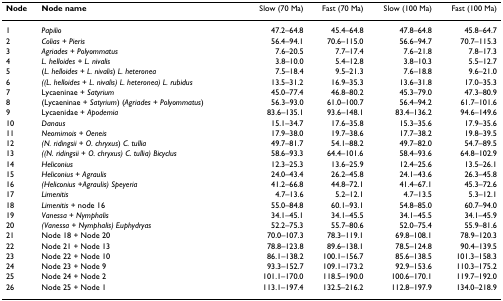
<table><thead><tr><td><b>Node</b></td><td><b>Node name</b></td><td><b>Slow (70 Ma)</b></td><td><b>Fast (70 Ma)</b></td><td><b>Slow (100 Ma)</b></td><td><b>Fast (100 Ma)</b></td></tr></thead><tbody><tr><td>1</td><td><i>Papilio</i></td><td>47.2–64.8</td><td>45.4–64.8</td><td>47.8–64.8</td><td>45.8–64.7</td></tr><tr><td>2</td><td><i>Colias </i>+ <i>Pieris</i></td><td>56.4–94.1</td><td>70.6–115.0</td><td>56.6–94.7</td><td>70.7–115.3</td></tr><tr><td>3</td><td><i>Agriades </i>+ <i>Polyommatus</i></td><td>7.6–20.5</td><td>7.7–17.4</td><td>7.6–21.8</td><td>7.8–17.3</td></tr><tr><td>4</td><td><i>L. helloides + L. nivalis</i></td><td>3.8–10.0</td><td>5.4–12.8</td><td>3.8–10.3</td><td>5.5–12.7</td></tr><tr><td>5</td><td>(<i>L. helloides </i>+ <i>L. nivalis</i>) <i>L. heteronea</i></td><td>7.5–18.4</td><td>9.5–21.3</td><td>7.6–18.8</td><td>9.6–21.0</td></tr><tr><td>6</td><td><i>((L. helloides </i>+ <i>L. nivalis) L. heteronea) L. rubidus</i></td><td>13.5–31.2</td><td>16.9–35.3</td><td>13.6–31.8</td><td>17.0–35.3</td></tr><tr><td>7</td><td>Lycaeninae + <i>Satyrium</i></td><td>45.0–77.4</td><td>46.8–80.2</td><td>45.3–79.0</td><td>47.3–80.9</td></tr><tr><td>8</td><td>(Lycaeninae + <i>Satyrium</i>) (<i>Agriades </i>+ <i>Polyommatus</i>)</td><td>56.3–93.0</td><td>61.0–100.7</td><td>56.4–94.2</td><td>61.7–101.6</td></tr><tr><td>9</td><td>Lycaenidae + <i>Apodemia</i></td><td>83.6–135.1</td><td>93.6–148.1</td><td>83.4–136.2</td><td>94.6–149.6</td></tr><tr><td>10</td><td><i>Danaus</i></td><td>15.1–34.7</td><td>17.6–35.8</td><td>15.3–35.6</td><td>17.9–35.6</td></tr><tr><td>11</td><td><i>Neomimois </i>+ <i>Oeneis</i></td><td>17.9–38.0</td><td>19.7–38.6</td><td>17.7–38.2</td><td>19.8–39.5</td></tr><tr><td>12</td><td><i>(N. ridingsii </i>+ <i>O. chryxus</i>) <i>C. tullia</i></td><td>49.7–81.7</td><td>54.1–88.2</td><td>49.7–82.0</td><td>54.7–89.5</td></tr><tr><td>13</td><td><i>((N. ridingsii </i>+ <i>O. chryxus) C. tullia) Bicyclus</i></td><td>58.6–93.3</td><td>64.4–101.6</td><td>58.4–93.6</td><td>64.8–102.9</td></tr><tr><td>14</td><td><i>Heliconius</i></td><td>12.3–25.3</td><td>13.6–25.9</td><td>12.4–25.6</td><td>13.5–26.1</td></tr><tr><td>15</td><td><i>Heliconius </i>+ <i>Agraulis</i></td><td>24.0–43.4</td><td>26.2–45.8</td><td>24.1–43.6</td><td>26.3–45.8</td></tr><tr><td>16</td><td><i>(Heliconius </i>+<i>Agraulis) Speyeria</i></td><td>41.2–66.8</td><td>44.8–72.1</td><td>41.4–67.1</td><td>45.3–72.6</td></tr><tr><td>17</td><td><i>Limenitis</i></td><td>4.7–13.6</td><td>5.2–12.1</td><td>4.7–13.5</td><td>5.3–12.1</td></tr><tr><td>18</td><td><i>Limenitis </i>+ node 16</td><td>55.0–84.8</td><td>60.1–93.1</td><td>54.8–85.0</td><td>60.7–94.0</td></tr><tr><td>19</td><td><i>Vanessa </i>+ <i>Nymphalis</i></td><td>34.1–45.1</td><td>34.1–45.5</td><td>34.1–45.5</td><td>34.1–45.9</td></tr><tr><td>20</td><td><i>(Vanessa </i>+ <i>Nymphalis) Euphydryas</i></td><td>52.2–75.3</td><td>55.7–80.6</td><td>52.0–75.4</td><td>55.9–81.6</td></tr><tr><td>21</td><td>Node 18 + Node 20</td><td>70.0–107.3</td><td>78.3–119.1</td><td>69.8–108.1</td><td>78.9–120.3</td></tr><tr><td>22</td><td>Node 21 + Node 13</td><td>78.8–123.8</td><td>89.6–138.1</td><td>78.5–124.8</td><td>90.4–139.5</td></tr><tr><td>23</td><td>Node 22 + Node 10</td><td>86.1–138.2</td><td>100.1–156.7</td><td>85.6–138.5</td><td>101.3–158.3</td></tr><tr><td>24</td><td>Node 23 + Node 9</td><td>93.3–152.7</td><td>109.1–173.2</td><td>92.9–153.6</td><td>110.3–175.2</td></tr><tr><td>25</td><td>Node 24 + Node 2</td><td>101.1–170.0</td><td>118.5–190.0</td><td>100.6–170.1</td><td>119.7–192.0</td></tr><tr><td>26</td><td>Node 25 + Node 1</td><td>113.1–197.4</td><td>132.5–216.2</td><td>112.8–197.9</td><td>134.0–218.9</td></tr></tbody></table>